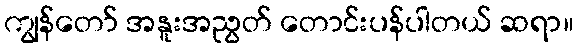
ကျွန်တော် အနူးအညွတ် တောင်းပန်ပါတယ် ဆရာ။